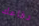
دفاعك